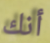
أنك